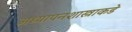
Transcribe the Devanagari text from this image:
अध्यापनशास्त्राकडे